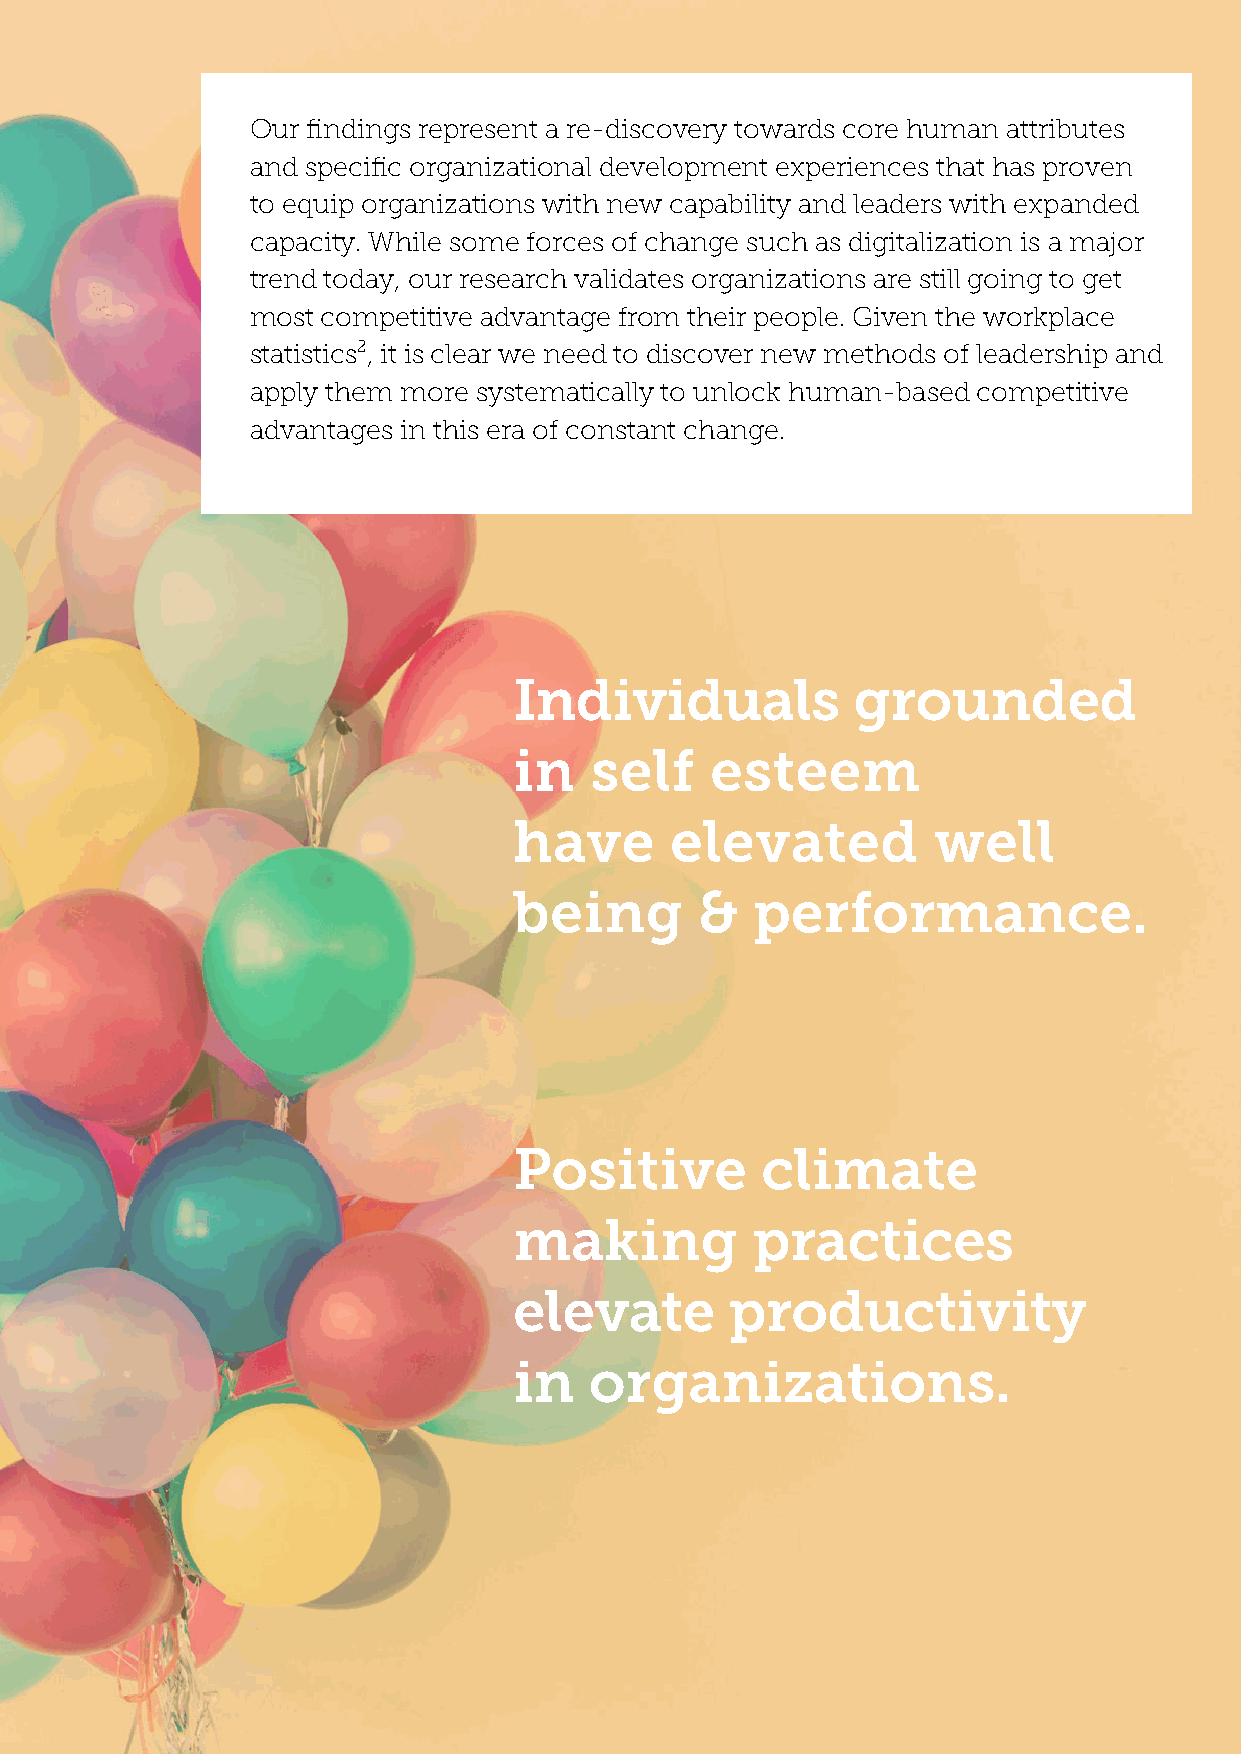
Our findings represent a re-discovery towards core human attributes
 and specific organizational development experiences that has proven
 to equip organizations with new capability and leaders with expanded
 capacity. While some forces of change such as digitalization is a major
 trend today, our research validates organizations are still going to get
 most competitive advantage from their people. Given the workplace
 statistics², it is clear we need to discover new methods of leadership and
 apply them more systematically to unlock human-based competitive
 advantages in this era of constant change.
 Individuals           grounded
 in   self    esteem
 have      elevated          well
 being       &   performance.
 Positive        climate
 making          practices
 elevate       productivity
 in   organizations.
 STANFORD CCARE SESIL PIR CONSULTING     ©2019 Sesil Pir Consulting GmbH. All Rights Reserved. 7